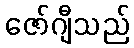
ဇော်ဂျီသည်